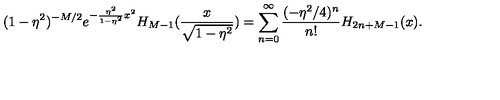
( 1 - \eta ^ { 2 } ) ^ { - M / 2 } e ^ { - { \frac { \eta ^ { 2 } } { 1 - \eta ^ { 2 } } } x ^ { 2 } } H _ { M - 1 } ( { \frac { x } { \sqrt { 1 - \eta ^ { 2 } } } } ) = \sum _ { n = 0 } ^ { \infty } { \frac { ( - \eta ^ { 2 } / 4 ) ^ { n } } { n ! } } H _ { 2 n + M - 1 } ( x ) .